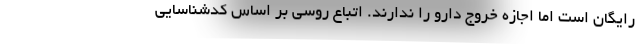
رایگان است اما اجازه خروج دارو را ندارند. اتباع روسی بر اساس کدشناسایی